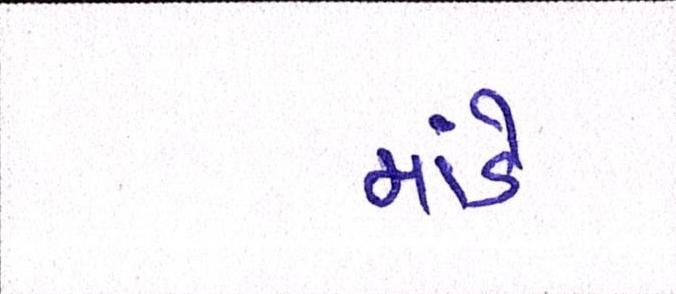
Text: માંડે